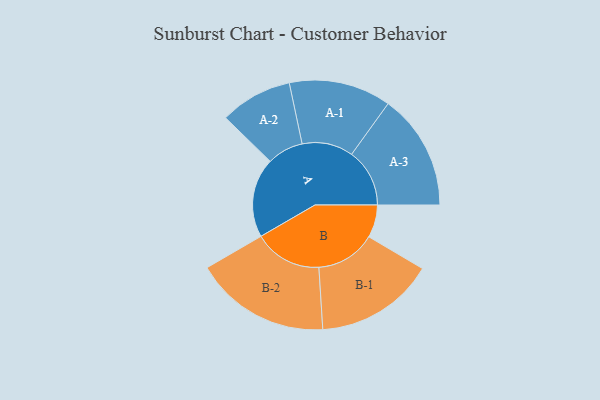
{"axis": {"x": "Segment", "y": "Value"}, "legend": ["", "A", "B"], "data": [{"x": "A", "y": 321, "type": ""}, {"x": "B", "y": 132, "type": ""}, {"x": "A-1", "y": 206, "type": "A"}, {"x": "A-2", "y": 146, "type": "A"}, {"x": "A-3", "y": 234, "type": "A"}, {"x": "B-1", "y": 241, "type": "B"}, {"x": "B-2", "y": 274, "type": "B"}]}